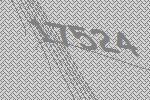
17524